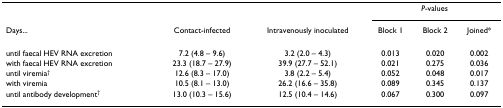
<table><thead><tr><td>[EMPTY_CELL]</td><td>[EMPTY_CELL]</td><td>[EMPTY_CELL]</td><td colspan="3"><b><i>P</i>-values</b></td></tr><tr><td><b>Days...</b></td><td><b>Contact-infected</b></td><td><b>Intravenously inoculated</b></td><td><b>Block 1</b></td><td><b>Block 2</b></td><td><b>Joined*</b></td></tr></thead><tbody><tr><td>until faecal HEV RNA excretion</td><td>7.2 (4.8 – 9.6)</td><td>3.2 (2.0 – 4.3)</td><td>0.013</td><td>0.020</td><td>0.002</td></tr><tr><td>with faecal HEV RNA excretion</td><td>23.3 (18.7 – 27.9)</td><td>39.9 (27.7 – 52.1)</td><td>0.021</td><td>0.275</td><td>0.036</td></tr><tr><td>until viremia<sup>†</sup></td><td>12.6 (8.3 – 17.0)</td><td>3.8 (2.2 – 5.4)</td><td>0.052</td><td>0.048</td><td>0.017</td></tr><tr><td>with viremia</td><td>10.5 (8.1 – 13.0)</td><td>26.2 (16.6 – 35.8)</td><td>0.089</td><td>0.345</td><td>0.137</td></tr><tr><td>until antibody development<sup>†</sup></td><td>13.0 (10.3 – 15.6)</td><td>12.5 (10.4 – 14.6)</td><td>0.067</td><td>0.300</td><td>0.097</td></tr></tbody></table>